Relation of titanus [i.e. tetanus] to the hypodermic or intramuscular injection of quinine - Number 43
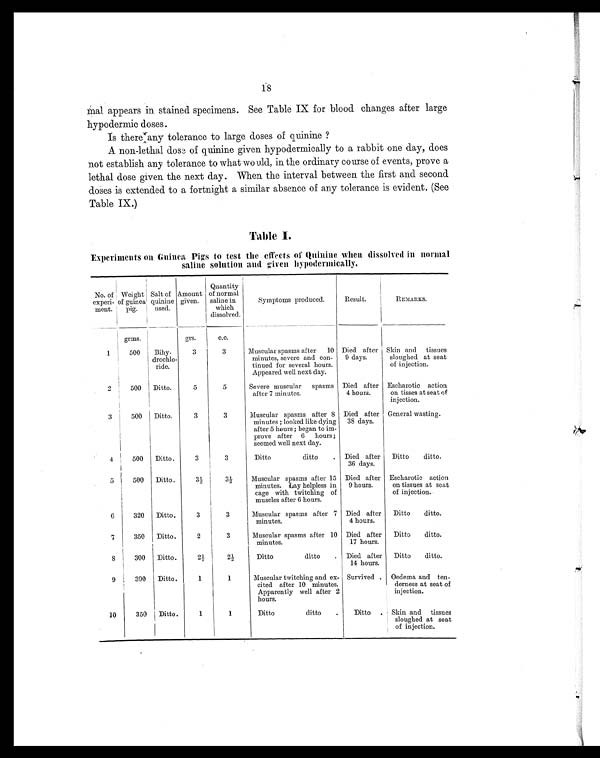
18
mal appears in stained specimens. See Table IX for blood changes after large
hypodermic doses.
Is there any tolerance to large doses of quinine ?
A non-lethal doss of quinine given hypodermically to a rabbit one day, does
not establish any tolerance to what would, in the ordinary course of events, prove a
lethal dose given the next day. When the interval between the first and second
doses is extended to a fortnight a similar absence of any tolerance is evident. (See
Table IX.)
Table I.
Experiments on Guinea Pigs to test the effects of Quinine when dissolved in normal
saline solution and given hypodermically.
No. of
experi-
ment.
Weight
of guinea
pig.
Salt of
quinine
used.
Amount
given.
Quantity
of normal
saline in
which
dissolved.
Symptoms produced.
Result.
REMARKS.
grms.
grs.
c.c.
1
500
Bihy-
drochlo-
ride.
3
3
Muscular spasms after 10
minutes, severe and con-
tinued for several hours.
Appeared well next day.
Died after
9 days.
Skin and tissues
sloughed at seat
of injection.
2
500
Ditto.
5
5
Severe muscular spasms
after 7 minutes.
Died after
4 hours.
Escharotic action
on tisses at seat of
injection.
3
500
Ditto.
3
3
Muscular spasms after 8
minutes; looked like dying
after 5 hours ; began to im-
prove after 6 hours ;
seemed well next day.
Died after
38 days.
General wasting.
4
500
Ditto.
3
3
Ditto ditto
. Died after
36 days.
Ditto ditto.
5
500
Ditto.
3½
3½
Muscular spasms after 15
minutes. Lay helpless in
cage with twitching of
muscles after 6 hours.
Died after
9 hours.
Escharotic action
on tissues at seat
of injection.
6
320
Ditto.
3
3
Muscular spasms after 7
minutes.
Died after
4 hours.
Ditto ditto.
7
350
Ditto.
2
3
Muscular spasms after 10
minutes.
Died after
17 hours.
Ditto ditto.
8
300
Ditto.
2½
2½
Ditto ditto
. Died after
14 hours.
Ditto ditto.
9
390
Ditto.
1
1
Muscular twitching and ex-
cited after 10 minutes.
Apparently well after 2
hours.
Survived . Oedema and ten-
derness at seat of
injection.
10
350
Ditto.
1
1
Ditto ditto
.
Ditto . Skin and tissues
sloughed at seat
of injection.